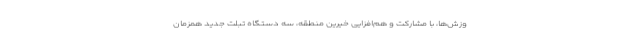
وزش‌ها، با مشارکت و هم‌افزایی خیرین منطقه، سه دستگاه تبلت جدید همزمان